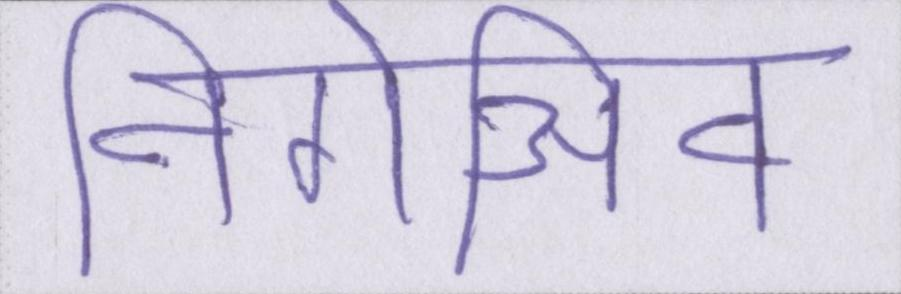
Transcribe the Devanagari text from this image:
निगेअिव